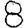
Digit: 8